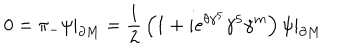
LaTeX: 0 = \pi _ { - } \psi | _ { \partial M } = { \frac { 1 } { 2 } } \left( 1 + i e ^ { \theta \gamma ^ { 5 } } \gamma ^ { 5 } \gamma ^ { m } \right) \psi | _ { \partial M }